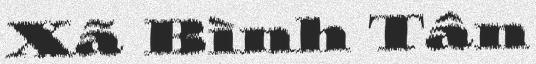
Xã Bình Tân